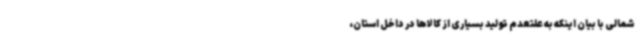
شمالی با بیان اینکه به علتعدم تولید بسیاری از کالاها در داخل استان،